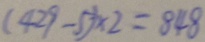
( 4 2 9 - 5 ) \times 2 = 8 4 8